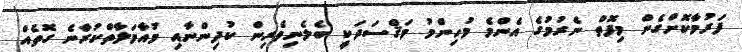
ފަރުމާކޮށްގެން މިފޮތް ނެރުމުގެ އެންމެ މުހިންމު މަޤްސަދަކީ ބެލެނިވެރިން ކުދިންނާއި މުއާމަލާތްކުރާނެ ގޮތެއް